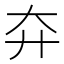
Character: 㚏